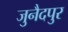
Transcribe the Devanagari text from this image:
जुनैदपुर